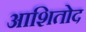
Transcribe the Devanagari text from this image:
आशितोद